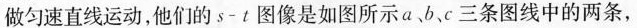
做匀速直线运动，他们的$$s - t$$图像是如图所示a、b、c三条图线中的两条，